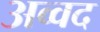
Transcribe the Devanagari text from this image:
अव्वद